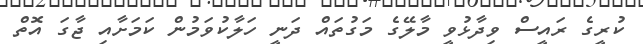
ކުރީގެ ރައީސް ވިދާޅުވީ މާލޭގެ މަގުތައް ދަނީ ހަލާކުވަމުން ކަމަށާއި ޖާގަ އޮތް